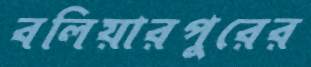
বলিয়ারপুরের